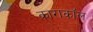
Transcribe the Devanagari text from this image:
काराकॉल